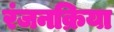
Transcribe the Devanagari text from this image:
रंजनक्रिया